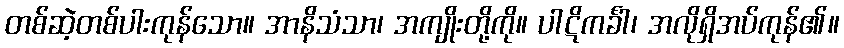
တစ်ဆဲ့တစ်ပါးကုန်သော။ အာနိသံသာ၊ အကျိုးတို့ကို။ ပါဋိကင်္ခါ၊ အလိုရှိအပ်ကုန်၏။